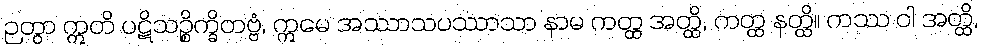
ဉတွာ ဣတိ ပဋိသဉ္စိက္ခိတဗ္ဗံ, ဣမေ အဿာသပဿာသာ နာမ ကတ္ထ အတ္ထိ, ကတ္ထ နတ္ထိ။ ကဿ ဝါ အတ္ထိ,